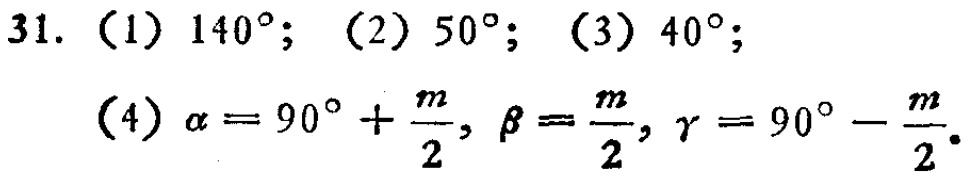
31.（1）$140^{\circ}$; （2）$50^{\circ}$; （3）$40^{\circ}$;

（4）$\alpha = 90^{\circ}+\frac{m}{2}, \beta=\frac{m}{2}, \gamma = 90^{\circ}-\frac{m}{2}$.